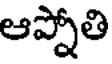
ఆప్నోతి